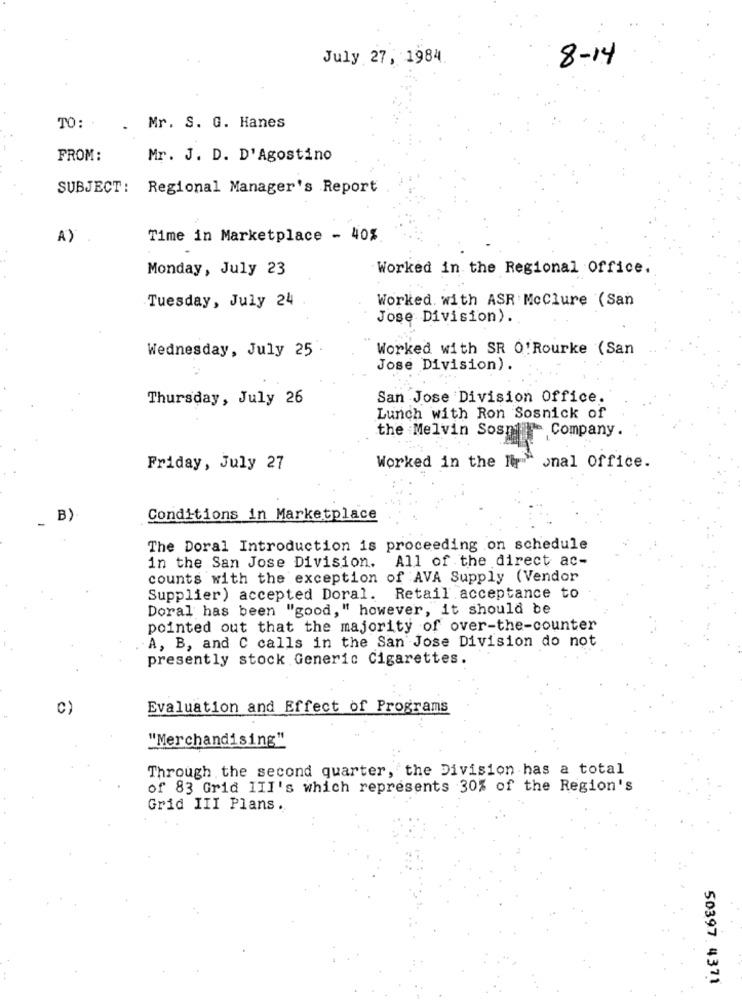
July 27, 1984
8-14
TO:
. Mr. S. G. Hanes
FROM:
Mr. J. D. D'Agostino
SUBJECT :
Regional Manager's Report
A)
Time in Marketplace - 40%
Monday, July 23
Worked in the Regional Office.
Tuesday, July 24
Worked with ASR Mcclure (San
Jose Division).
Wednesday, July 25
Worked with SR O'Rourke (San
Jose Division).
Thursday, July 26
San Jose Division Office.
Lunch with Ron Sosnick of
the Melvin Sospi Company.
Friday, July 27
Worked in the lip"" onal Office.
B)
Conditions in Marketplace
The Doral Introduction is proceeding on schedule
in the San Jose Division. All of the direct ac-
counts with the exception of AVA Supply (Vendor
Supplier) accepted Doral. Retail acceptance to
d, " however, it should be
Doral has been "good,"
pointed out that the majority of over-the-counter
A, B, and C calls in the San Jose Division do not
presently stock Generic Cigarettes.
C)
Evaluation and Effect of Programs
"Merchandising"
Through the second quarter, the Division has a total
of 83 Grid III's which represents 30% of the Region's
Grid III Plans.
50397.4371